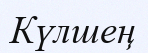
Күлшең